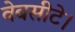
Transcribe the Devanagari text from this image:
वेबसीटे।